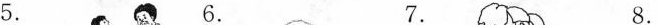
5. 6. 7. 8.